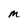
Character: M